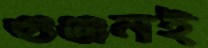
গুঞ্জনই